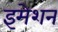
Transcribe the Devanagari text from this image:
इमेशन